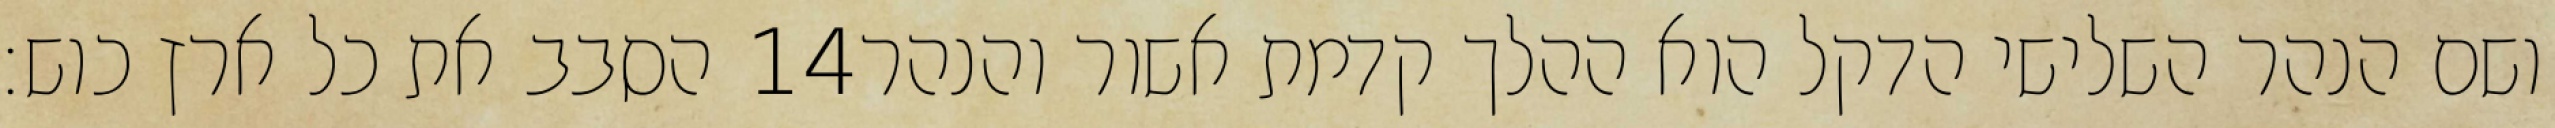
הסבב את כל ארץ כוש׃ ‎14‏ ושם הנהר השלישי הדקל הוא ההלך קדמת אשור והנהר